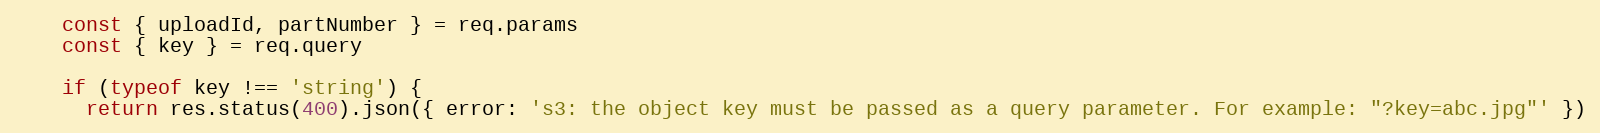
Language: JavaScript
    const { uploadId, partNumber } = req.params
    const { key } = req.query

    if (typeof key !== 'string') {
      return res.status(400).json({ error: 's3: the object key must be passed as a query parameter. For example: "?key=abc.jpg"' })